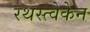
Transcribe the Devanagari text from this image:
रथस्त्वेकेन